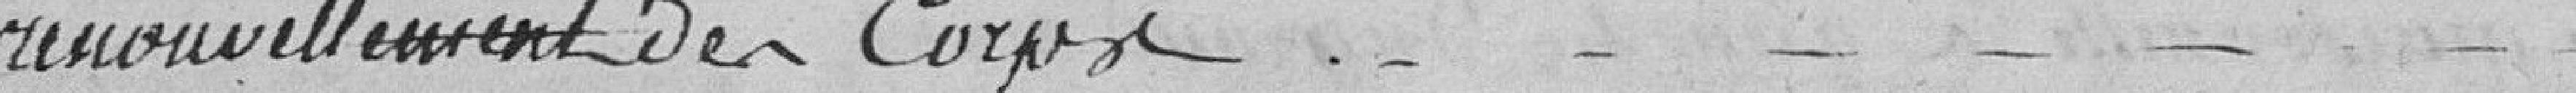
renouvellement des corps